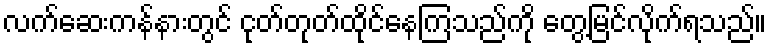
လက်ဆေးကန်နားတွင် ငုတ်တုတ်ထိုင်နေကြသည်ကို တွေ့မြင်လိုက်ရသည်။